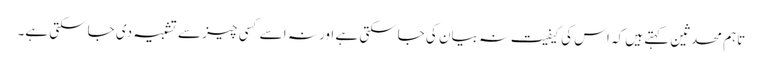
تاہم محدثین کہتے ہیں کہ اس کی کیفیت نہ بیان کی جاسکتی ہے اور نہ اسے کسی چیز سے تشبیہ دی جاسکتی ہے۔